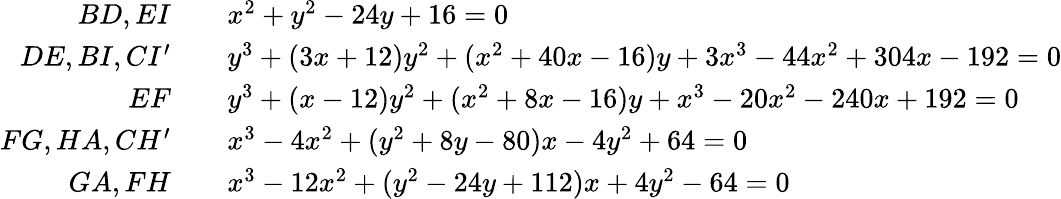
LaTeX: \begin{array}{rl}{BD,EI}&{\quad x^{2}+y^{2}-24y+16=0}\\ {DE,BI,CI^{\prime}}&{\quad y^{3}+(3x+12)y^{2}+(x^{2}+40x-16)y+3x^{3}-44x^{2}+304x-192=0}\\ {EF}&{\quad y^{3}+(x-12)y^{2}+(x^{2}+8x-16)y+x^{3}-20x^{2}-240x+192=0}\\ {FG,HA,CH^{\prime}}&{\quad x^{3}-4x^{2}+(y^{2}+8y-80)x-4y^{2}+64=0}\\ {GA,FH}&{\quad x^{3}-12x^{2}+(y^{2}-24y+112)x+4y^{2}-64=0}\end{array}